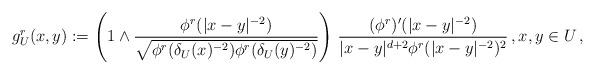
LaTeX: \begin{align*}g^r_U(x,y):=\left(1\wedge \frac{\phi^r(|x-y|^{-2})}{\sqrt{\phi^r(\delta_U(x)^{-2})\phi^r(\delta_U(y)^{-2})}}\right)\, \frac{(\phi^r)'(|x-y|^{-2})}{|x-y|^{d+2}\phi^r(|x-y|^{-2})^2}\, , x,y\in U\,,\end{align*}